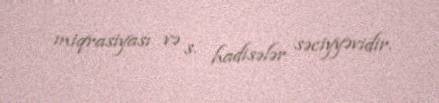
miqrasiyası və s. hadisələr səciyyəvidir.